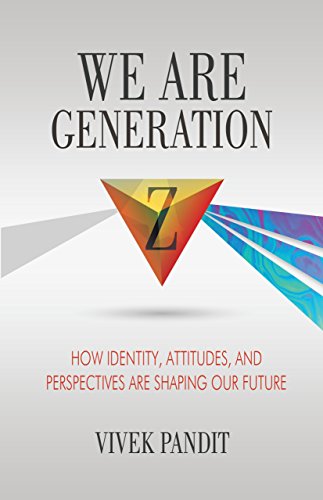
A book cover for We Are Generation Z: How Identity, Attitudes, and Perspectives Are Shaping Our Future; Vivek Pandit; Teen & Young Adult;